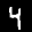
Label: 4